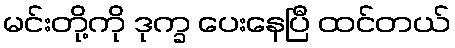
မင်းတို့ကို ဒုက္ခ ပေးနေပြီ ထင်တယ်